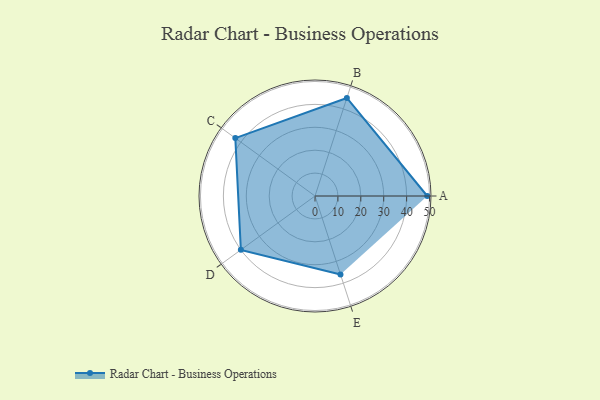
{"axis": {"x": "Skill", "y": "Score"}, "legend": ["Profile"], "data": [{"x": "A", "y": 49.0, "type": "Profile"}, {"x": "B", "y": 45.0, "type": "Profile"}, {"x": "C", "y": 43.0, "type": "Profile"}, {"x": "D", "y": 40.0, "type": "Profile"}, {"x": "E", "y": 36.0, "type": "Profile"}]}